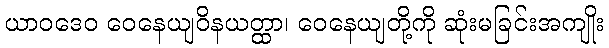
ယာဝဒေဝ ဝေနေယျဝိနယတ္ထာ၊ ဝေနေယျတို့ကို ဆုံးမခြင်းအကျိုး